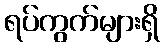
ရပ်ကွက်များရှိ